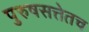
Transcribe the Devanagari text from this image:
पुरुषसत्तेतच